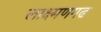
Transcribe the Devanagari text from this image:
लाक्ष्मणगढ